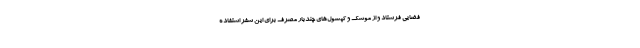
فضایی فرستاد و از موشک و کپسول‌های چندبار مصرف برای این سفر استفاده